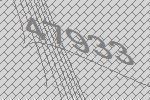
47933